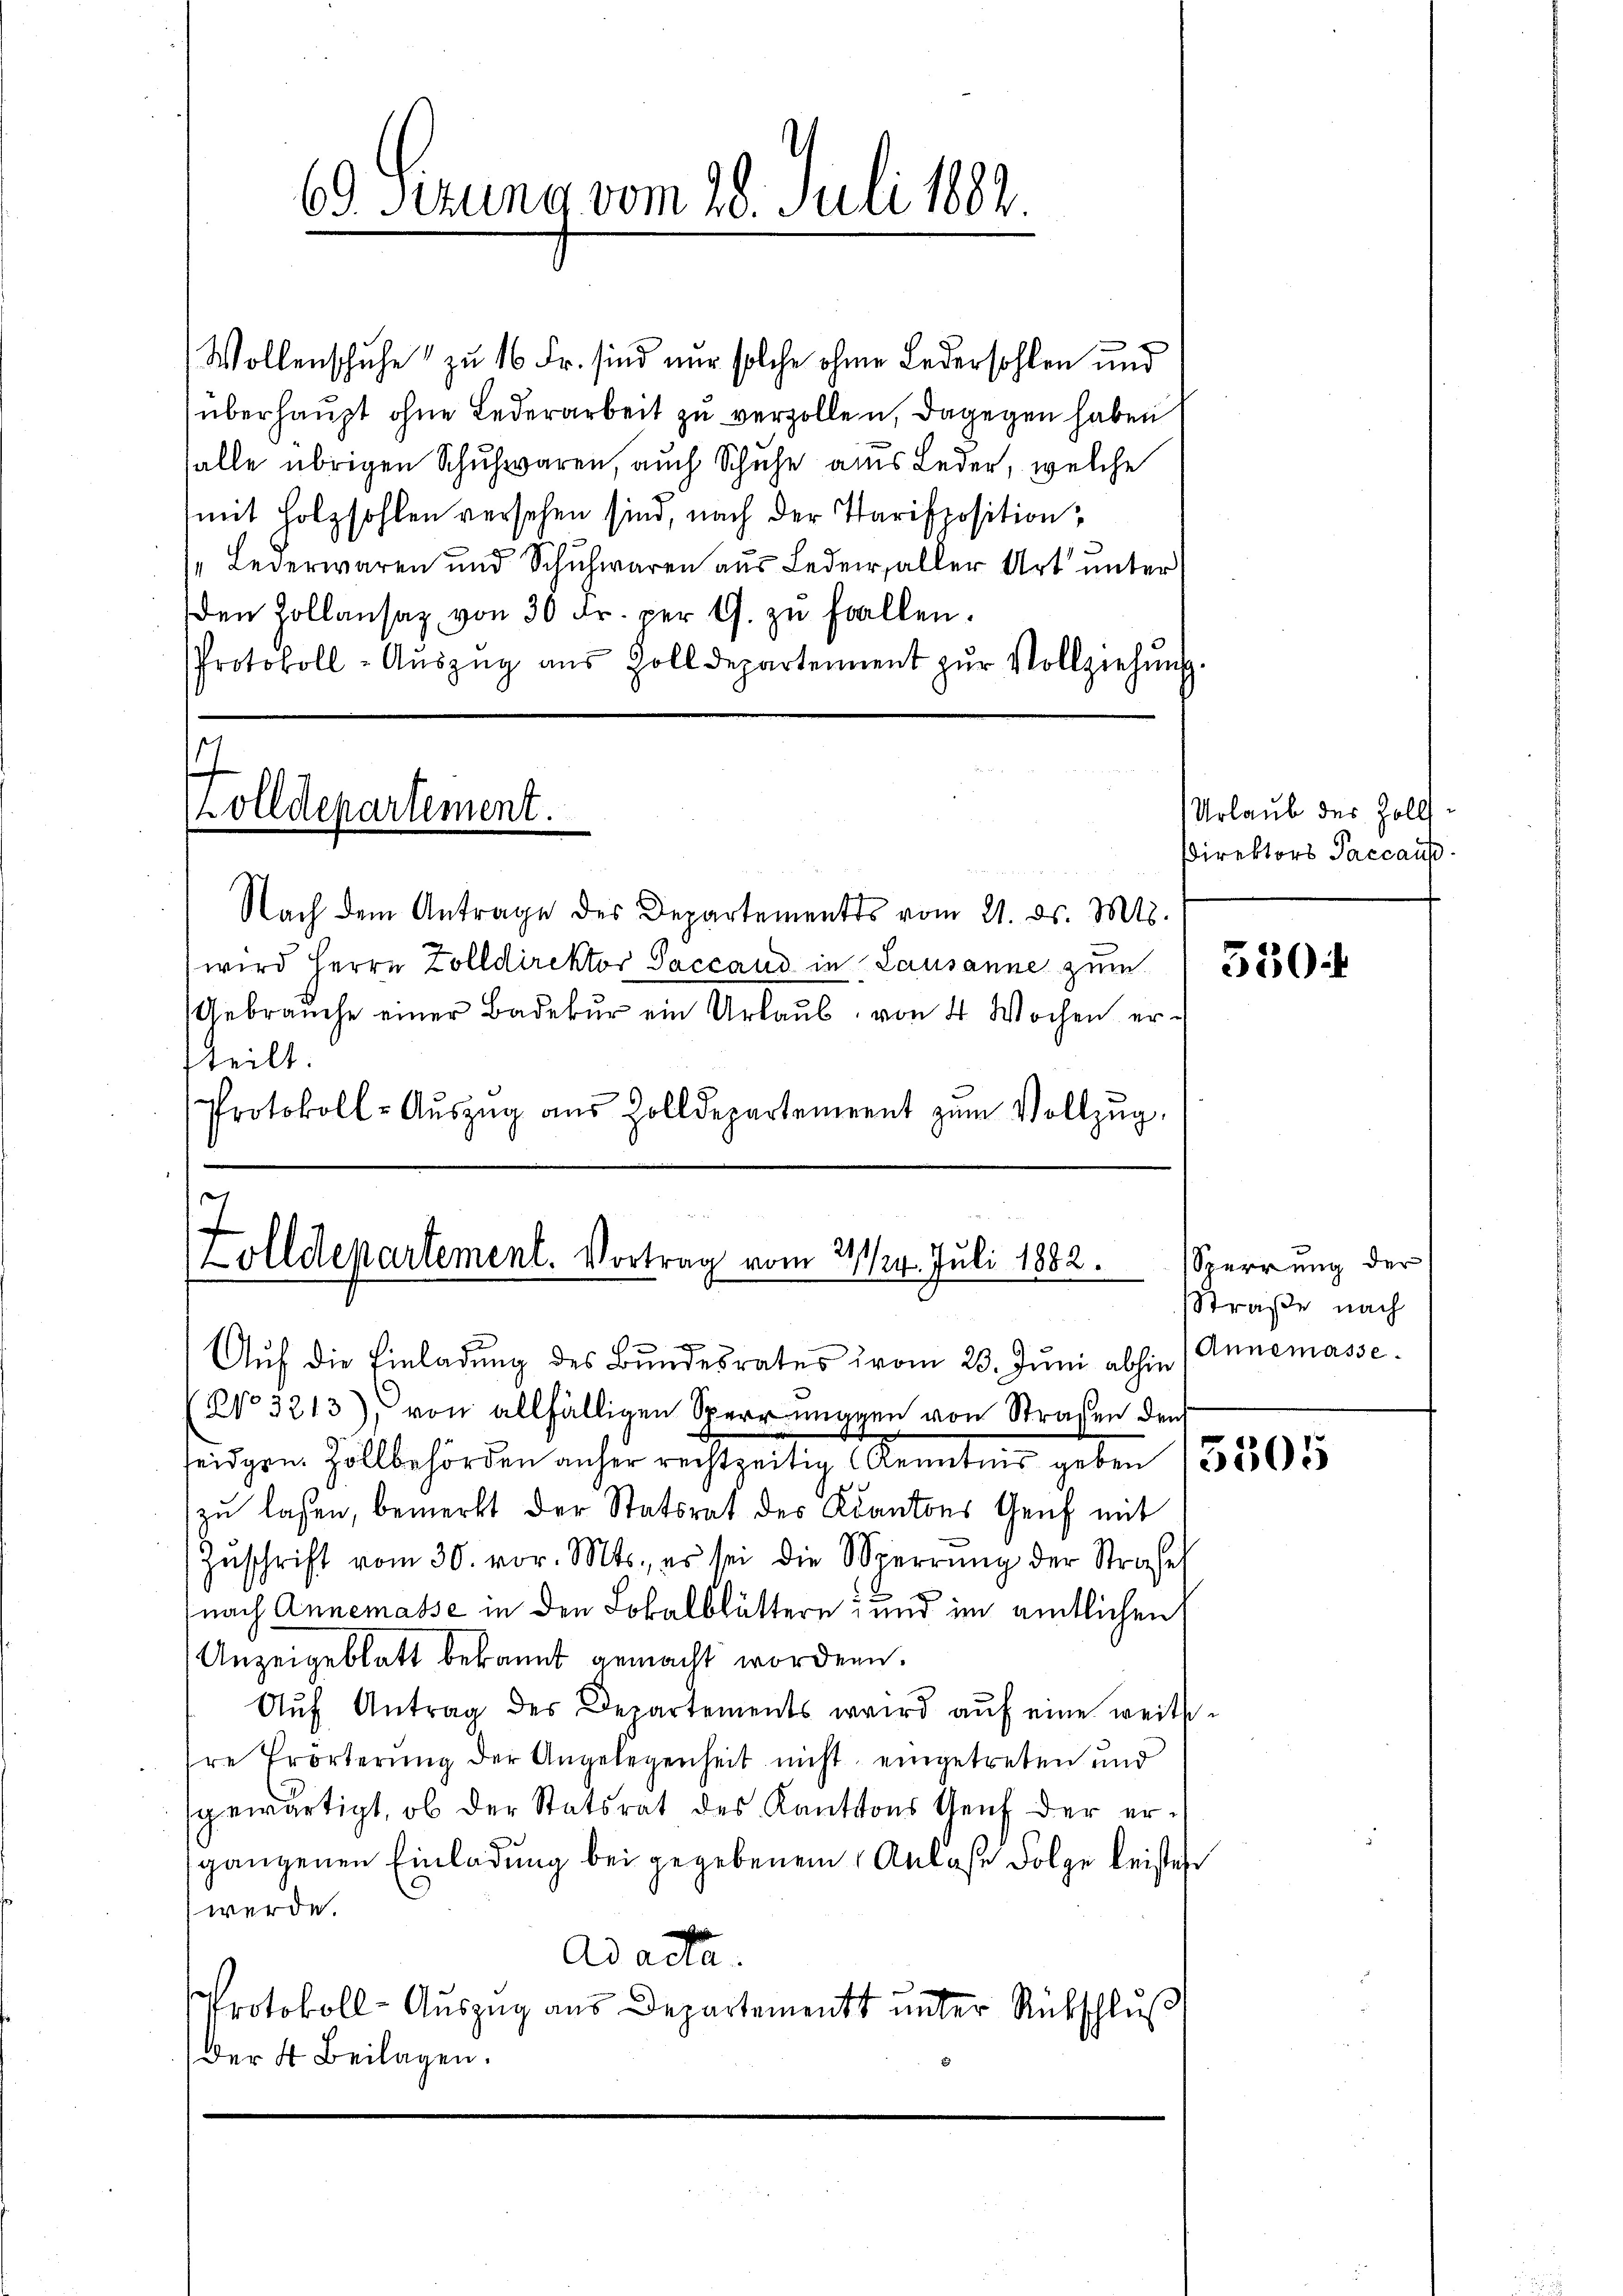
69. Gerung vom 28. Juli 182.

Wollenschuhe zu 16 Fr. sind nur solche ohne Ledersohlen und
überhaupt ohne Lederarbeit zu verzollen, dagegen haben
falle übrigen Schuhwaren, auch Schuhe aus Leder, welche
mit Holzsohlen versehen sind, nach der Parisposition,
Lederwaren und Schuhwaren aus Leder, aller Art unter
den Zollansaz, von 30 Fr. per G. zŭ fallen.
Protokoll-Aŭszŭg aŭs Zolldepartement zŭr Vollziehŭng.
olldepartement.
Nach dem Antrage des Departements vom 21. ds. Mts.
wird Herrn Zolldirektor Saccaud in Lausanne zum
Gebraŭche einer Badebŭr ein Urlaŭb von 4 Wochen ersteilt.
Protokoll-Aŭszŭg aŭs Zolldepartement zŭm Vollzŭg.

7
olldepartement. Vortrag vom 21/24. Juli 1882.
A

Auf die Einladung des Bundesrates vom 23. Juni abhin (Annemasse
(No 3213), von allfälligen Sperrunggen von Straßen den
seidgen. Zollbehörden anher rechtzeitig Kenntnis geben 1865
zu lassen, bemerkt der Statsrat des Kantons Genf mit
Zŭschrift vom 30. vor. Mts., es sei die Wierrŭng der Strafe
nach Annemasse in den Lokalblättern und im amtlichen
Anzeigeblatt bekannt gemacht worden.
Aŭf Antrag des Departements wird aŭf eine weits-
hre Erörterung der Angelegenheit nicht eingetreten und
gewärtigt, ob der Statsrat des Kantons Genf der ersgangenen Einladung bei gegebenem Anlaße Folge leisten
werde.
Ad acta.
Protokoll-Auszug aus Departement unter Rutschluß
Der 4 Beilagen.

Urlaub des Zolls¬
Direktors Paccaus
330

Sperrung der
Straße nach